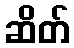
ဆိတ်